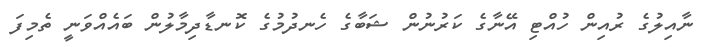
ނާއިލުގެ ރުއިން ހުއްޓި އޭނާގެ ކަރުނުން ޝަބާގެ ހެނދުމުގެ ކޮނޑާދިމާލުން ބައެއްވަނީ ތެމިފަ